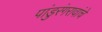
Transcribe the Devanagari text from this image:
पांडुरंगरावांचे